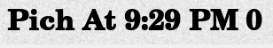
Pich At 9:29 PM 0